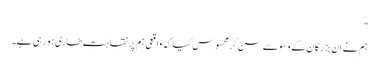
"
ہم نے ان بزرگان کے وسوسے سن کر محسوس کیا کہ واقعی ہم پر نقاہت طاری ہورہی ہے۔